Report of the Indian Hemp Drugs Commission, 1894-1895 - Volume IV
Year: 1894
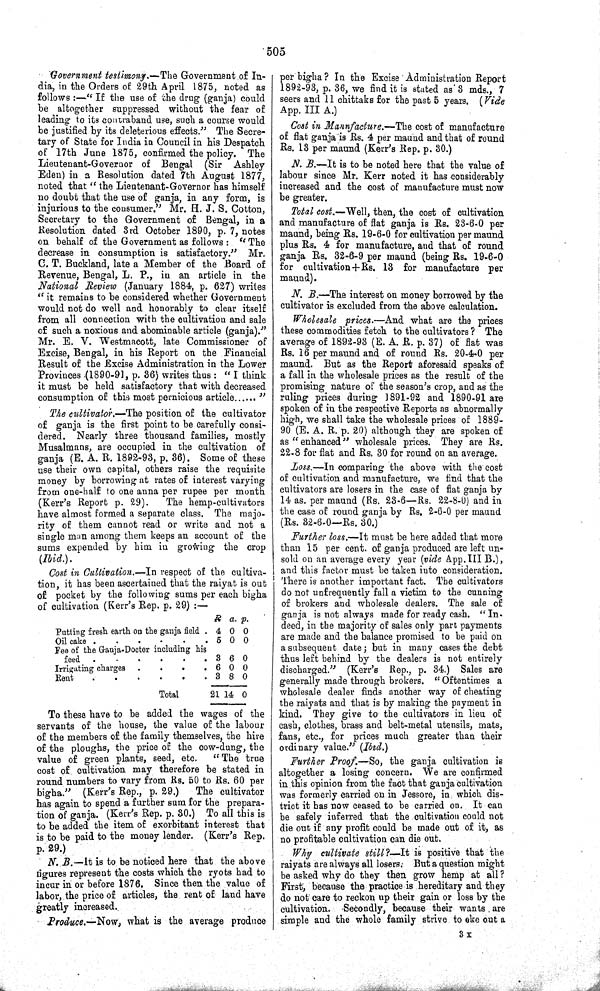
505
Government testimony.—The Government of In-
dia, in the Orders of 29th April 1875, noted as
follows:—"If the use of the drug (ganja) could
be altogether suppressed without the fear of
leading to its contraband use, such a course would
be justified by its deleterious effects." The Secre-
tary of State for India in Council in his Despatch
of 17th June 1875, confirmed the policy. The
Lieutenant-Governor of Bengal (Sir Ashley
Eden) in a Resolution dated 7th August 1877,
noted that "the Lieutenant-Governor has himself
no doubt that the use of ganja, in any form, is
injurious to the consumer." Mr. H. J. S. Cotton,
Secretary to the Government of Bengal, in a
Resolution dated 3rd October 1890, p. 7, notes
on behalf of the Government as follows: "The
decrease in consumption is satisfactory." Mr.
C. T. Buckland, late a Member of the Board of
Revenue, Bengal, L. P., in an article in the
National Review (January 1884, p. 627) writes
"it remains to be considered whether Government
would not do well and honorably to clear itself
from all connection with the cultivation and sale
of such a noxious and abominable article (ganja)."
Mr. E. V. Westmacott, late Commissioner of
Excise, Bengal, in his Report on the Financial
Result of the Excise Administration in the Lower
Provinces (1890-91, p. 36) writes thus: "I think
it must be held satisfactory that with decreased
consumption of this most pernicious article
"
The cultivator.—The position of the cultivator
of ganja is the first point to be carefully consi-
dered. Nearly three thousand families, mostly
Musalmans, are occupied in the cultivation of
ganja (E. A. R. 1892-93, p. 36). Some of these
use their own capital, others raise the requisite
money by borrowing at rates of interest varying
from one-half to one anna per rupee per month
(Kerr's Report p. 29).
The hemp-cultivators
have almost formed a separate class. The majo-
rity of them cannot read or write and not a
single man among them keeps an account of the
sums expended by him in growing the crop
(Ibid.).
Cost in Cultivation.—In respect of the cultiva-
tion, it has been ascertained that the raiyat is out
of pocket by the following sums per each bigha
of cultivation (Kerr's Rep. p. 29):—
R a. p.
Putting fresh earth on the ganja field
4 0 0
Oil cake
5 0 0
Fee of the Ganja-Doctor including his
feed
3 6 0
Irrigating charges
6 0 0
Rent
3 8 0
Total
21 14 0
To these have to be added the wages of the
servants of the house, the value of the labour
of the members of the family themselves, the hire
of the ploughs, the price of the cow-dung, the
value of green plants, seed, etc.
"The true
cost of cultivation may therefore be stated in
round numbers to vary from Rs. 50 to Rs. 60 per
bigha." (Kerr's Rep., p. 29.)
The cultivator
has again to spend a further sum for the prepara-
tion of ganja. (Kerr's Rep. p. 30.) To all this is
to be added the item of exorbitant interest that
is to be paid to the money lender. (Kerr's Rep.
p. 29.)
N. B.—It is to. be noticed here that the above
figures represent the costs which the ryots had to
incur in or before 1876. Since then the value of
labor, the price of articles, the rent of land have
greatly increased.
Produce.—Now, what is the average produce
per bigha? In the Excise Administration Report
1892-93, p. 36, we find it is stated as 3 mds., 7
seers and 11 chittaks for the past 5 years. (Vide
App. III A.)
Cost in Manufacture.—The cost of manufacture
of flat ganja is Rs. 4 per maund and that of round
Rs. 13 per maund (Kerr's Rep. p. 30.)
N. B.—It is to be noted here that the value of
labour since Mr. Kerr noted it has considerably
increased and the cost of manufacture must now
be greater.
Total cost.—-Well, then, the cost of cultivation
and manufacture of flat ganja is Rs. 23-6-0 per
maund, being Rs. 19-6-0 for cultivation per maund
plus Rs. 4 for manufacture, and that of round
ganja Rs. 32-6-9 per maund (being Rs. 19-6-0
for cultivation + Rs. 13 for manufacture per
maund).
N. B.—The interest on money borrowed by the
cultivator is excluded from the above calculation.
Wholesale prices.—And what are the prices
these commodities fetch to the cultivators ? The
average of 1892-93 (E. A. R. p. 37) of flat was
Rs. 16 per maund and of round Rs. 20-4-0 per
maund. But as the Report aforesaid speaks of
a fall in the wholesale prices as the result of the
promising nature of the season's crop, and as the
ruling prices during 1891-92 and 1890-91 are
spoken of in the respective Reports as abnormally
high, we shall take the wholesale prices of 1889-
90 (E. A. R. p. 20) although they are spoken of
as "enhanced" wholesale prices. They are Rs.
22-8 for flat and Rs. 30 for round on an average.
Loss.—In comparing the above with the cost
of cultivation and manufacture, we find that the
cultivators are losers in the case of flat ganja by
14 as. per maund (Rs. 23-6—Rs. 22-8-0) and in
the case of round ganja by Rs. 2-6-0 per maund
(Rs. 32-6-0—Rs. 30.)
Further loss.—It must be here added that more
than 15 per cent. of ganja produced are left un-
sold on an average every year (vide App. III B.),
and this factor must be taken into consideration.
There is another important fact. The cultivators
do not unfrequently fall a victim to the cunning
of brokers and wholesale dealers. The sale of
ganja is not always made for ready cash. "In-
deed, in the majority of sales only part payments
are made and the balance promised to be paid on
a subsequent date; but in many cases the debt
thus left behind by the dealers is not entirely
discharged." (Kerr's Rep., p. 34.) Sales are
generally made through brokers. "Oftentimes a
wholesale dealer finds another way of cheating
the raiyats and that is by making the payment in
kind. They give to the cultivators in lieu of
cash, clothes, brass and belt-metal utensils, mats,
fans, etc., for prices much greater than their
ordinary value." (Ibid.)
Further Proof.—So, the ganja cultivation is
altogether a losing concern. We are confirmed
in this opinion from the fact that ganja cultivation
was formerly carried on in Jessore, in which dis-
trict it has now ceased to be carried on. It can
be safely inferred that the cultivation could not
die out if any profit could be made out of it, as
no profitable cultivation can die out.
Why cultivate still?—It
is positive that the
raiyats are always all losers. But a question might
be asked why do they then grow hemp at all?
First, because the practice is hereditary and they
do not care to reckon up their gain or loss by the
cultivation. Secondly, because their wants are
simple and the whole family strive to eke out a
3 X